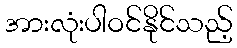
အားလုံးပါဝင်နိုင်သည့်